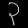
Digit: ၃